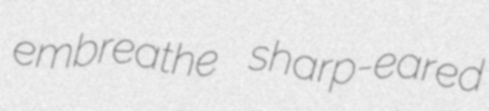
embreathe sharp-eared